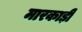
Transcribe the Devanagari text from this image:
मारकाड़ी